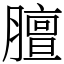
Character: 膻